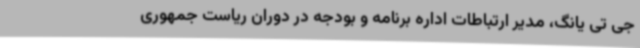
جی تی یانگ، مدیر ارتباطات اداره برنامه و بودجه در دوران ریاست جمهوری